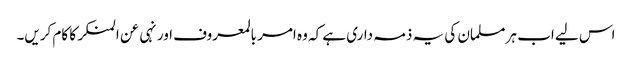
اس لیے اب ہر مسلمان کی یہ ذمہ داری ہے کہ وہ امر بالمعروف اور نہی عن المنکر کا کام کریں۔